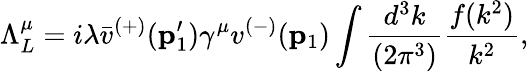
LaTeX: \Lambda_{L}^{\mu}=i\lambda\bar{v}^{(+)}({\mathbf p}_{1}^{\prime})\gamma^{\mu}v^{(-)}({\mathbf p}_{1})\int\frac{d^{3}k}{(2\pi^{3})}\frac{f(k^{2})}{k^{2}},